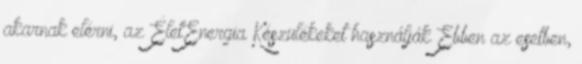
akarnak elérni, az ÉletEnergia Készülékeket használják Ebben az esetben,